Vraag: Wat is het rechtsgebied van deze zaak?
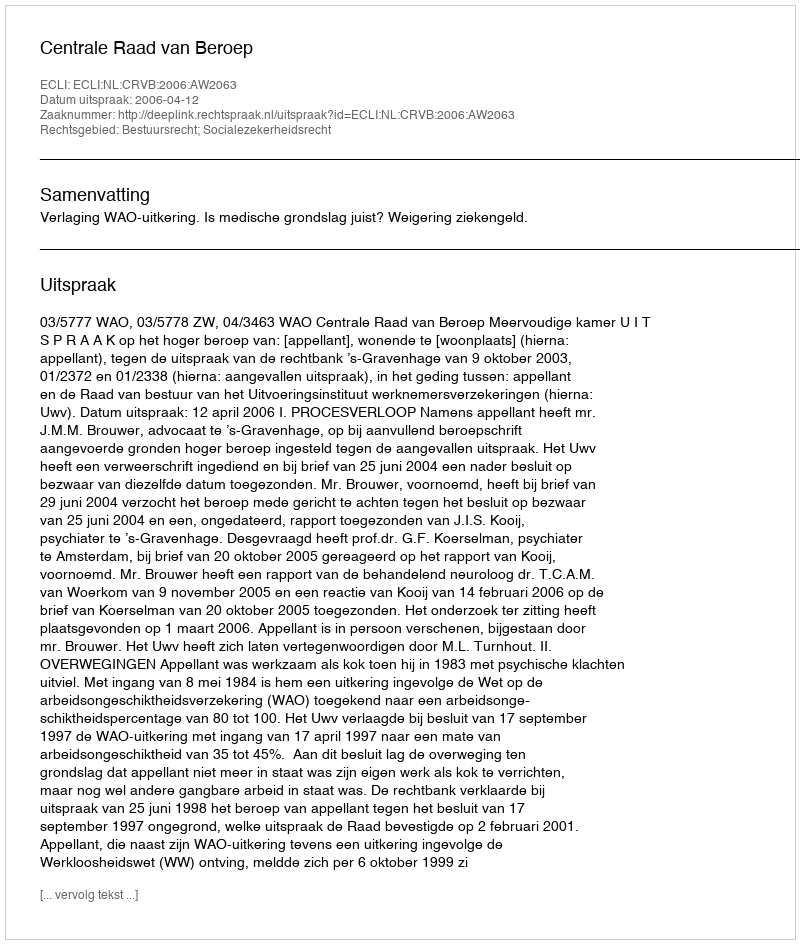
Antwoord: Bestuursrecht; Socialezekerheidsrecht